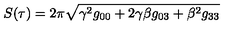
S ( \tau ) = 2 \pi \sqrt { \gamma ^ { 2 } g _ { 0 0 } + 2 \gamma \beta g _ { 0 3 } + \beta ^ { 2 } g _ { 3 3 } }